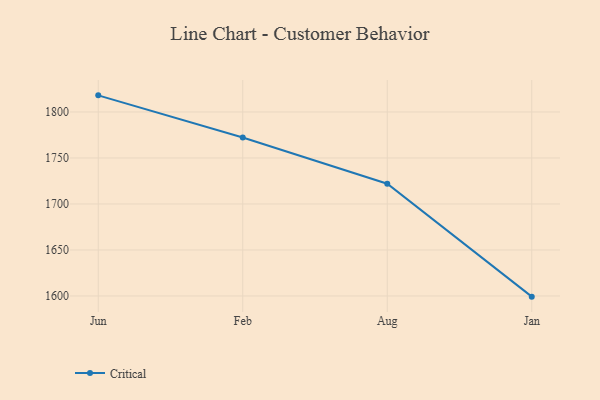
{"axis": {"x": "Month", "y": "Satisfaction Score"}, "legend": ["Critical"], "data": [{"x": "Jun", "y": 1818.1, "type": "Critical"}, {"x": "Feb", "y": 1772.3, "type": "Critical"}, {"x": "Aug", "y": 1722.0, "type": "Critical"}, {"x": "Jan", "y": 1599.3, "type": "Critical"}]}